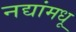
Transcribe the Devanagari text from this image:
नद्यांमधू